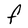
Character: F